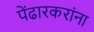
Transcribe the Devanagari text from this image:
पेंढारकरांना